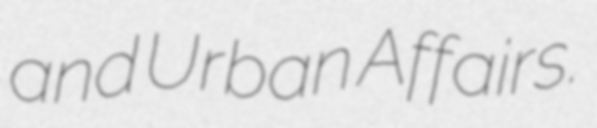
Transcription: and Urban Affairs.